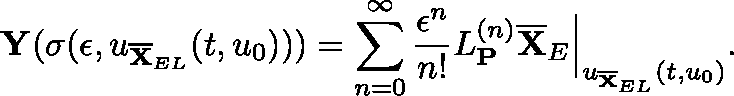
\mathbf { Y } ( \mathbf { \sigma } ( \epsilon , \mathfrak { u } _ { \overline { { \mathbf { X } } } _ { E L } } ( t , \mathfrak { u } _ { 0 } ) ) ) = \sum _ { n = 0 } ^ { \infty } \frac { \epsilon ^ { n } } { n ! } \mathfrak { L } _ { \mathbf { P } } ^ { ( n ) } \overline { { \mathbf { X } } } _ { E } \Big \vert _ { \mathfrak { u } _ { \overline { { \mathbf { X } } } _ { E L } } ( t , \mathfrak { u } _ { 0 } ) } .